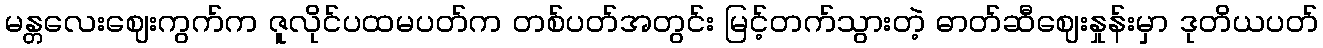
မန္တလေးဈေးကွက်က ဇူလိုင်ပထမပတ်က တစ်ပတ်အတွင်း မြင့်တက်သွားတဲ့ ဓာတ်ဆီဈေးနှုန်းမှာ ဒုတိယပတ်